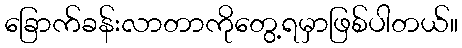
ခြောက်ခန်းလာတာကိုတွေ့ရမှာဖြစ်ပါတယ်။